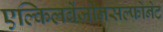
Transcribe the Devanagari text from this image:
एल्किलबेंजीनसल्फोनेट